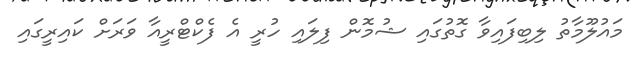
މައުލޫމާތު ލިބިފައިވާ ގޮތުގައި ޝުމޮން ފިލައި ހުރީ އެ ފެކްޓްރީއާ ވަރަށް ކައިރީގައި